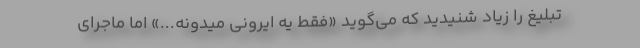
تبلیغ را زیاد شنیدید که می‌گوید «فقط یه ایرونی میدونه...» اما ماجرای